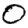
Digit: 0